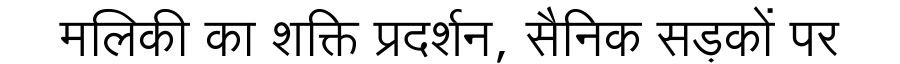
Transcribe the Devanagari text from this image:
मलिकी का शक्ति प्रदर्शन, सैनिक सड़कों पर